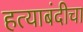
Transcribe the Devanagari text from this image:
हत्याबंदीचा